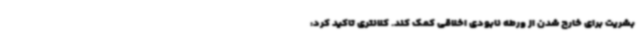
بشریت برای خارج شدن از ورطه نابودی اخلاقی کمک کند. کلانتری تاکید کرد: